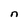
Character: n